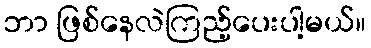
ဘာ ဖြစ်နေလဲကြည့်ပေးပါ့မယ်။